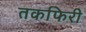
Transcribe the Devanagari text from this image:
तकफिरी